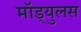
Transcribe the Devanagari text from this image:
मॉड्युलस